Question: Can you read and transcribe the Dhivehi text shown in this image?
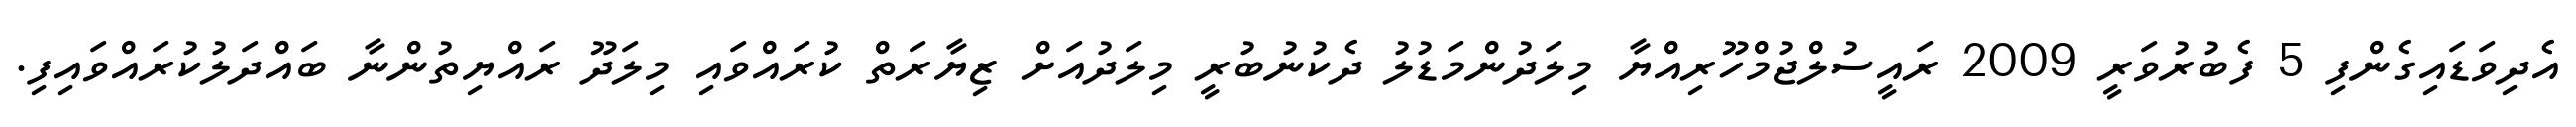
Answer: އެދިވަޑައިގެންފި 5 ފެބުރުވަރީ 2009 ރައީސުލްޖުމްހޫރިއްޔާ މިލަދުންމަޑުލު ދެކުނުބުރީ މިލަދުއަށް ޒިޔާރަތް ކުރައްވައި މިލަދޫ ރައްޔިތުންނާ ބައްދަލުކުރައްވައިފި.